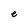
Character: e